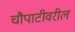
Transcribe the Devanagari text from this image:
चौपाटीवरील